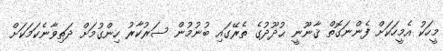
މީހަކު އެމީހަކަށް ފެންނަގޮތް ޤާނޫނީ ޙުދޫދުގެ ތެރޭގައި ބުނުމުން ސަރުކާރު ހިންގުމަށް ދަތިވާނެކަމަކަށް